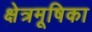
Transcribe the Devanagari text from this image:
क्षेत्रमूषिका